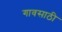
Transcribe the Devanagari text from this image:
गावसाठी